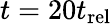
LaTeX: t=20t_{\mathrm{rel}}